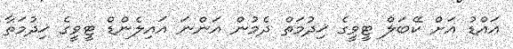
އައްޑު އަށް ކޭބަލް ޓީވީގެ ޚިދުމަތް ދެމުން އަންނަ އައިލެންޑް ޓީވީގެ ޚިދުމަތާ